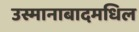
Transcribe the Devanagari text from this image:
उस्मानाबादमधिल